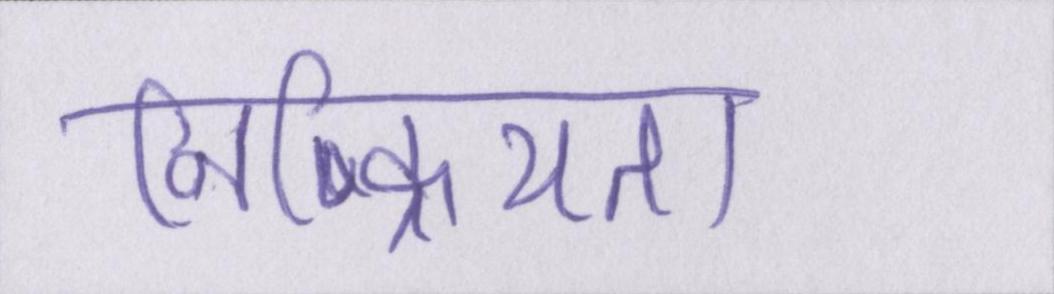
निष्क्रियता